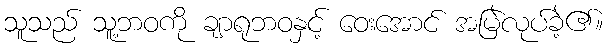
သူသည် သူ့ဘဝကို ချာရုဘဝနှင့် ဝေးအောင် အမြဲလုပ်ခဲ့၏။